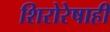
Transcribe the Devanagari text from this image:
शिरोरेषाही